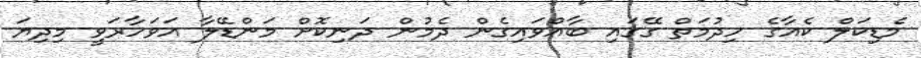
މެޑިކަލް ކެއާގެ ހިދުމަތް ގޭގައި ބާއްވައިގެން ދެމުން ދަނިކޮށް މަންޑޭލާ އަވަހާރަވީ މިދިޔަ